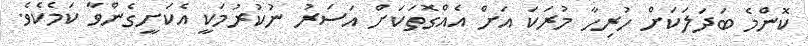
ކޮންމެ ބަދަލަކަށް ހުރިހާ މުރަކަ އަށް އެއްގޮތަކަށް އަސަރު ނުކުރުމަކީ އެކަށީގެންވާ ކަމެކެވެ.